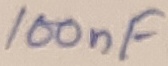
Text: 100nF